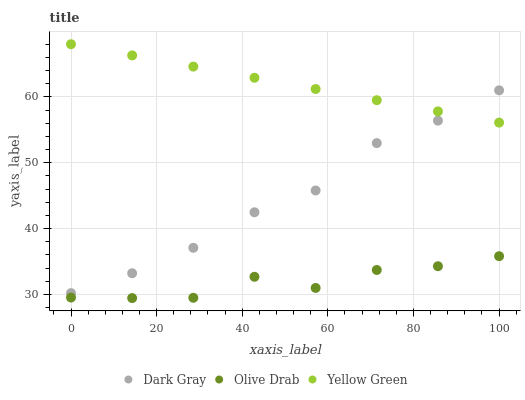
| xaxis_label | Dark Gray | Olive Drab | Yellow Green |
 | --- | --- | --- | --- |
 | 0 | 30.2 | 29.5 | 68 |
 | 14.3 | 33.2 | 29.4 | 66.3 |
 | 28.6 | 37.1 | 29.5 | 64.6 |
 | 42.9 | 42.5 | 32.7 | 62.9 |
 | 57.1 | 45.8 | 31 | 61.2 |
 | 71.4 | 53 | 33.7 | 59.5 |
 | 85.7 | 56.4 | 34.3 | 57.8 |
 | 100 | 61 | 35.8 | 56.1 |